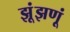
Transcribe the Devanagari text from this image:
झूंझणूं